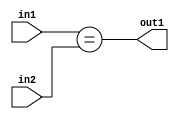
`timescale 1ps / 1ps
/*****************************************************************************
    Verilog RTL Description
    
    
    Created by: Stratus DpOpt 2019.1.01 
*******************************************************************************/

module in_buff_Equal_3Ux1U_1U_4_0 (
	in2,
	in1,
	out1
	); /* architecture "behavioural" */ 
input [2:0] in2;
input  in1;
output  out1;
wire  asc001;

assign asc001 = (in1==in2);

assign out1 = asc001;
endmodule

/* CADENCE  urb4QwE= : u9/ySgnWtBlWxVPRXgAZ4Og= ** DO NOT EDIT THIS LINE ******/